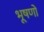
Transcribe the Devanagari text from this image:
भूषणो